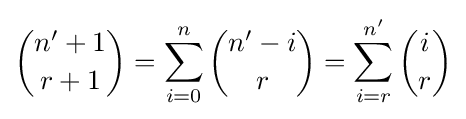
{\binom {n'+1}{r+1}}=\sum _{i=0}^{n}{\binom {n'-i}{r}}=\sum _{i=r}^{n'}{\binom {i}{r}}